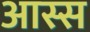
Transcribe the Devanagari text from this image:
आस्स